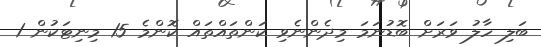
ބަލި ހާލު ވަރަށް ބޮޑުނަމަ މިދެންނެވި ކަންތައްތައް ކޮންމެ 15 މިނިޓަކުން 1